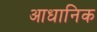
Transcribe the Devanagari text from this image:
आधानिक